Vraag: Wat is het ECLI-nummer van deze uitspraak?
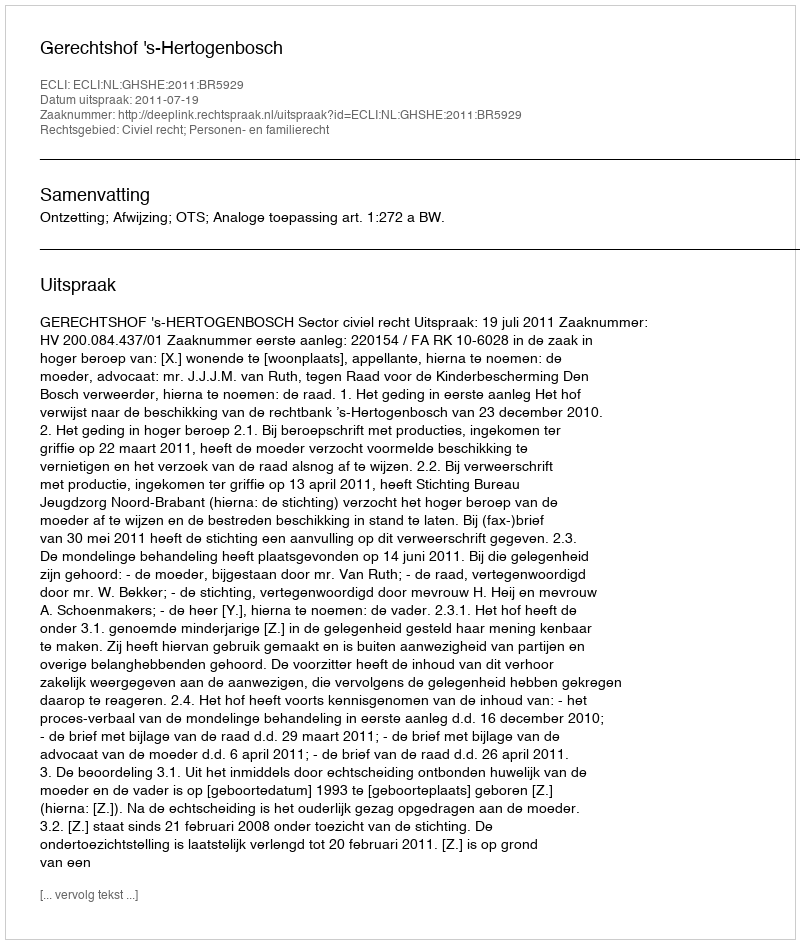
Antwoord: ECLI:NL:GHSHE:2011:BR5929